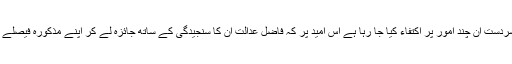
ابھی ایسے معاملات کی فہرست طویل ہے، سردست ان چند امور پر اکتفاء کیا جا رہا ہے اس امید پر کہ فاضل عدالت ان کا سنجیدگی کے ساتھ جائزہ لے کر اپنے مذکورہ فیصلے پر نظرثانی کی ضرورت محسوس کرے گی۔